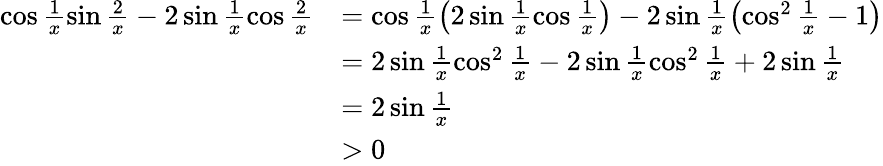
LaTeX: \begin{array}{rl}{\cos\frac 1{x}\sin\frac 2x-2\sin\frac 1{x}\cos\frac 2x}&{=\cos\frac 1x\left(2\sin\frac 1x\cos\frac 1x\right)-2\sin\frac 1x\left(\cos^{2}\frac 1x-1\right)}\\ &{=2\sin\frac 1x\cos^{2}\frac 1x-2\sin\frac 1x\cos^{2}\frac 1x+2\sin\frac 1x}\\ &{=2\sin\frac 1x}\\ &{>0}\end{array}